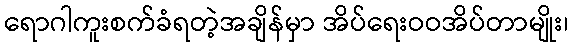
ရောဂါကူးစက်ခံရတဲ့အချိန်မှာ အိပ်ရေးဝဝအိပ်တာမျိုး၊